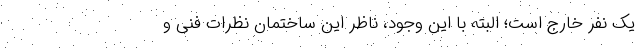
یک نفر خارج است؛ البته با این وجود، ناظر این ساختمان نظرات فنی و